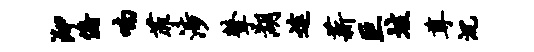
泖俯喃菲涉鼙湖途薪巨垓尊沉